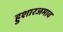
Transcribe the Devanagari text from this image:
हुशारजमाव